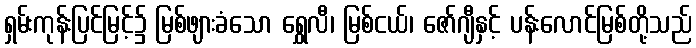
ရှမ်းကုန်းပြင်မြင့်၌ မြစ်ဖျားခံသော ရွှေလီ၊ မြစ်ငယ်၊ ဇော်ဂျီနှင့် ပန်းလောင်မြစ်တို့သည်